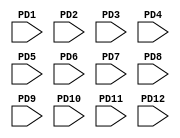
module PD_M1_M2(
    
`ifdef USE_POWER_PINS
    input   VDD,
    input   VSS,
`endif
    
    input  PD1,
    input  PD2,
    input  PD3,
    input  PD4,
    input  PD5,
    input  PD6,
    input  PD7,
    input  PD8,
    input  PD9,
    input  PD10,
    input  PD11,
    input  PD12,

);




endmodule